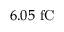
6 . 0 5 ~ \mathrm { f C }